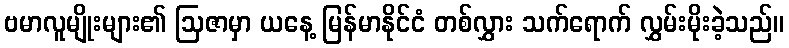
ဗမာလူမျိုးများ၏ ဩဇာမှာ ယနေ့ မြန်မာနိုင်ငံ တစ်လွှား သက်ရောက် လွှမ်းမိုးခဲ့သည်။